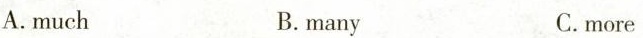
A.much B.many C.more